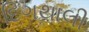
દિગથાલી